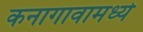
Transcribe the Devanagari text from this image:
कनागावामध्ये